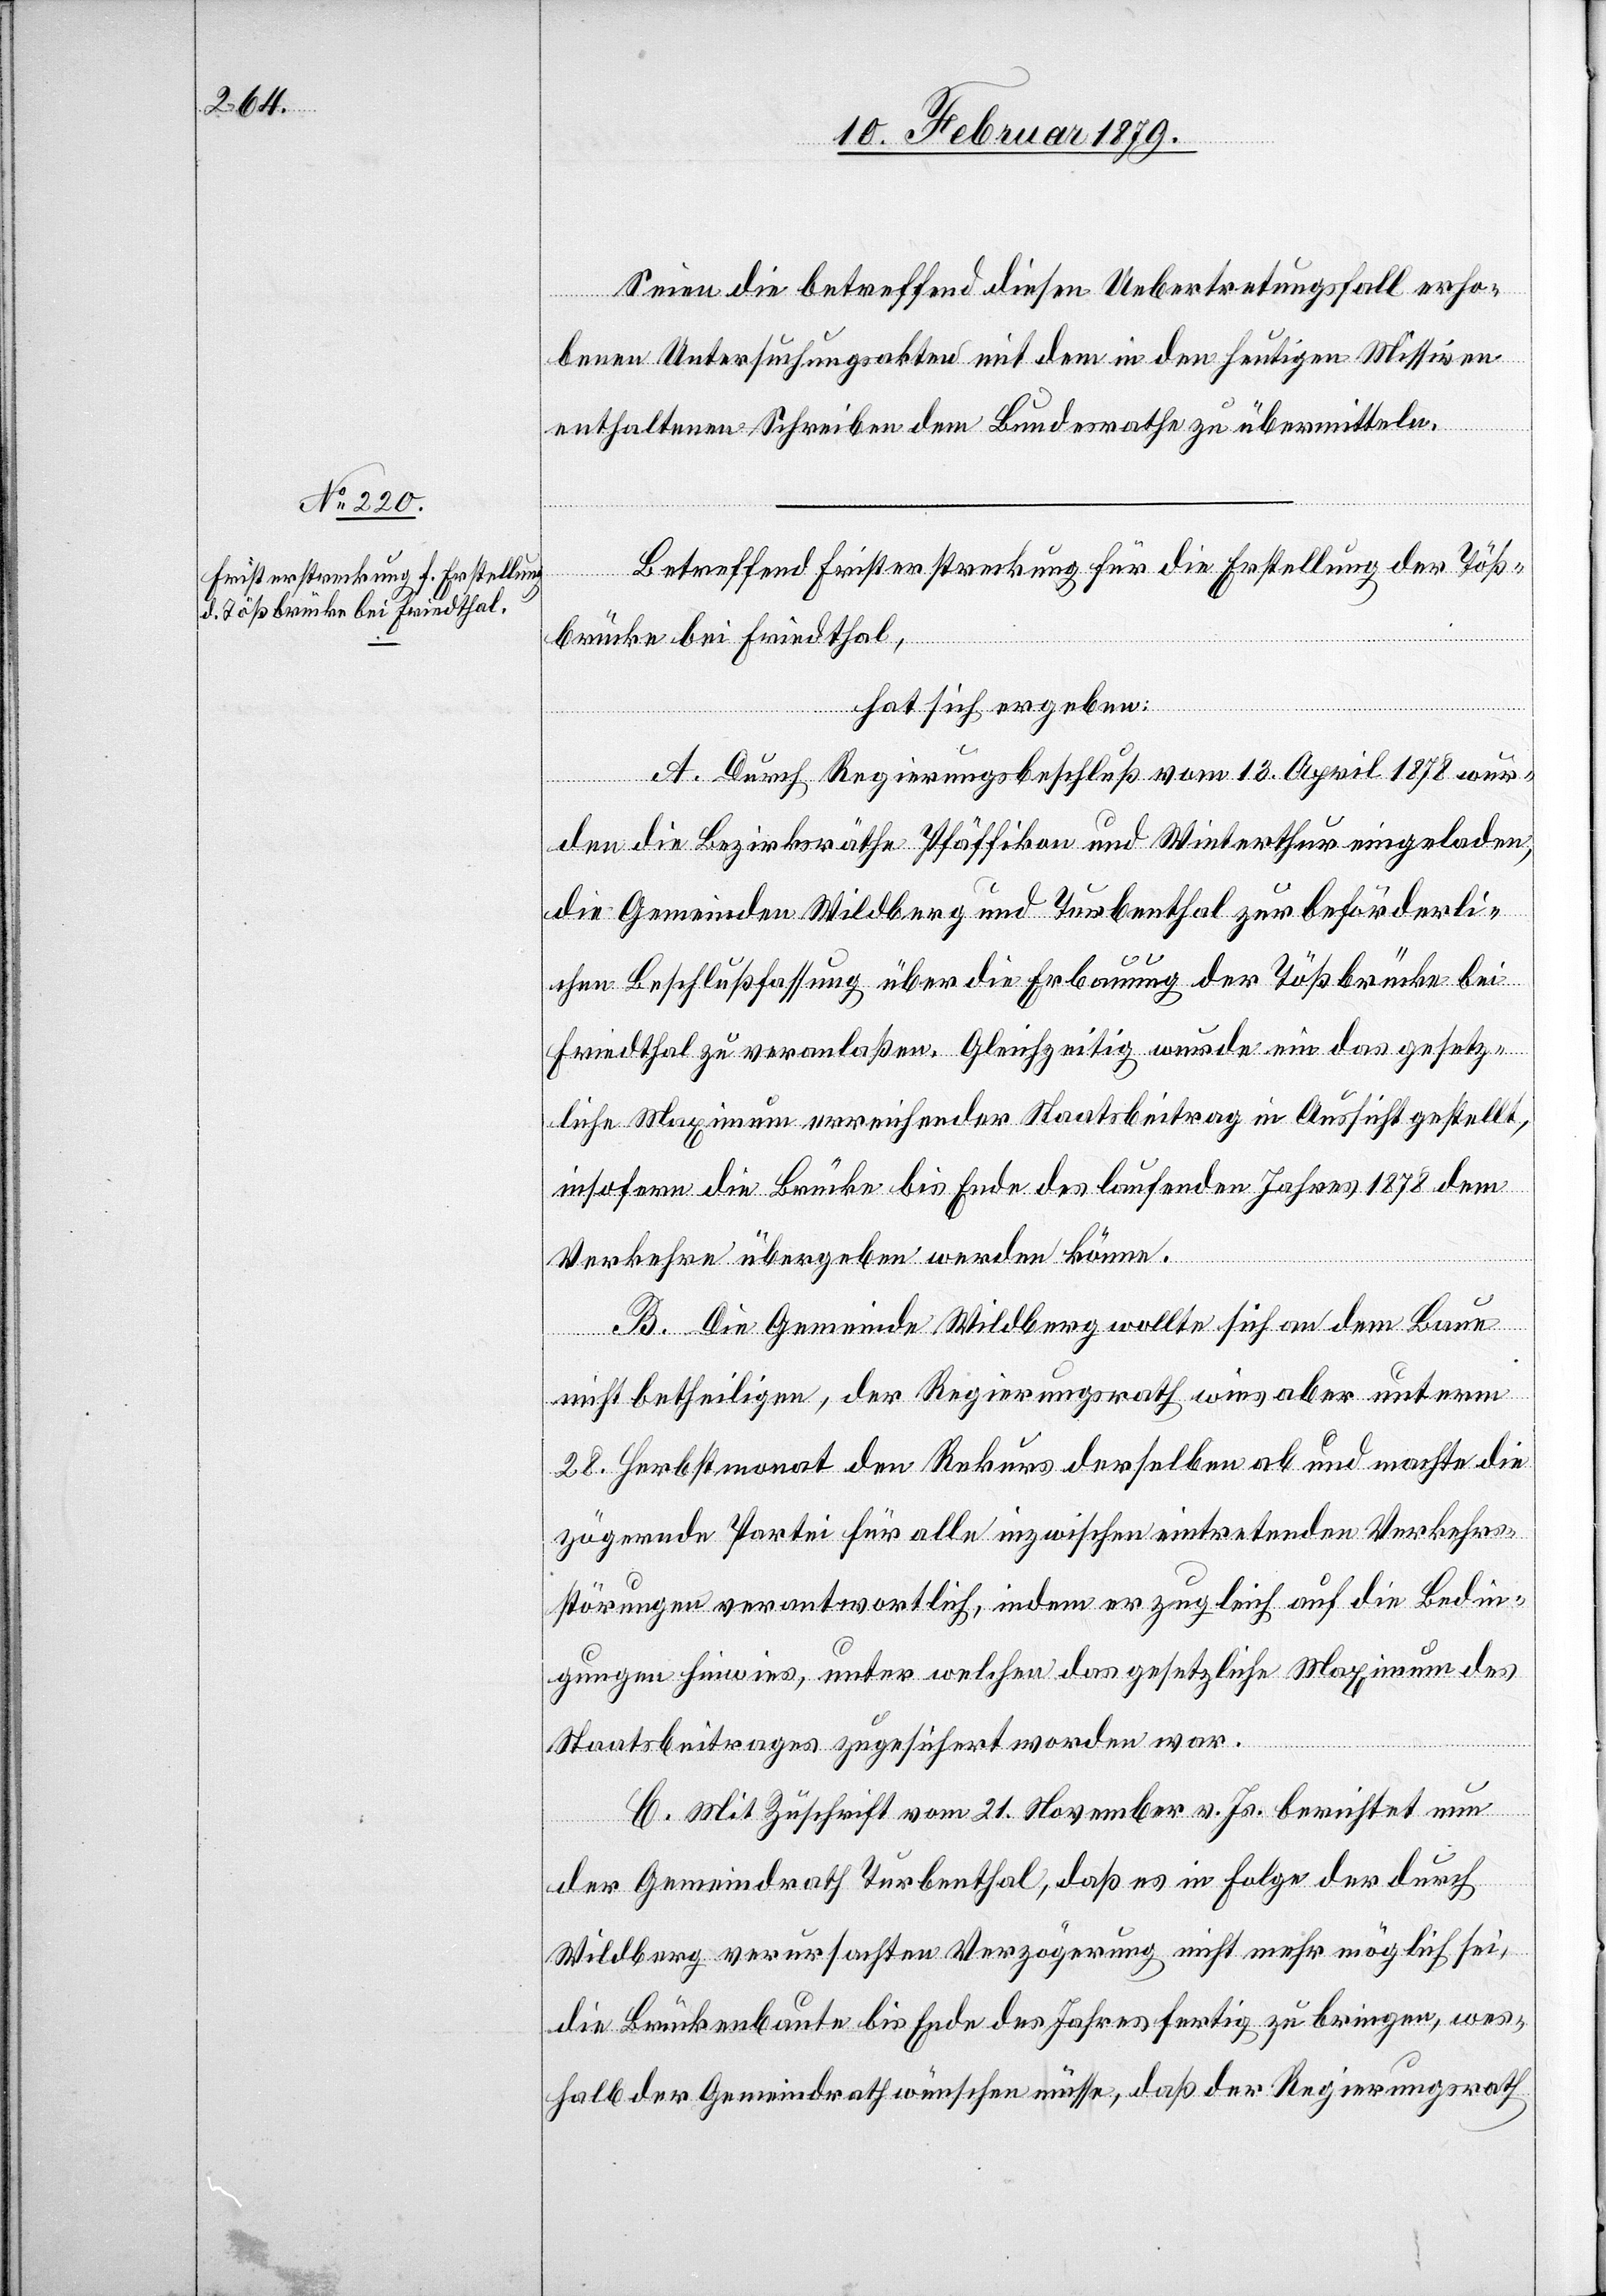
Seien die betreffend diesen Uebertretungsfall erho¬
benen Untersuchungsakten mit dem in den heutigen Missiven
enthaltenen Schreiben dem Bundesrathe zu übermitteln.
Betreffend Fristerstreckung für die Erstellung der Töß¬
brücke bei Friedthal,
hat sich ergeben:
A. Durch Regierungsbeschluß vom 13. April 1878 wur¬
den die Bezirksräthe Pfäffikon und Winterthur eingeladen,
die Gemeinden Wildberg und Turbenthal zur beförderli¬
chen Beschlußfassung über die Erbauung der Tößbrücke bei
Friedthal zu veranlaßen. Gleichzeitig wurde ein das gesetz¬
liche Maximum erreichender Staatsbeitrag in Aussicht gestellt,
insofern die Brücke bis Ende des laufenden Jahres 1878 dem
Verkehre übergeben werden könne.
B. Die Gemeinde Wildberg wollte sich an dem Baue
nicht betheiligen, der Regierungsrath wies aber unterm
28. Herbstmonat den Rekurs derselben ab und machte die
zögernde Partei für alle inzwischen eintretenden Verkehrs¬
störungen verantwortlich, indem er zugleich auf die Bedin¬
gungen hinwies, unter welchen das gesetzliche Maximum des
Staatsbeitrages zugesichert worden war.
C. Mit Zuschrift vom 21. November v. Js. berichtet nun
der Gemeindrath Turbenthal, daß es in Folge der durch
Wildberg verursachten Verzögerung nicht mehr möglich sei,
die Brückenbaute bis Ende des Jahres fertig zu bringen, wes¬
halb der Gemeindrath wünschen müsse, daß der Regierungsrath